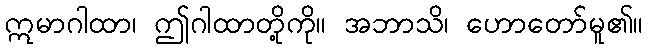
ဣမာဂါထာ၊ ဤဂါထာတို့ကို။ အဘာသိ၊ ဟောတော်မူ၏။